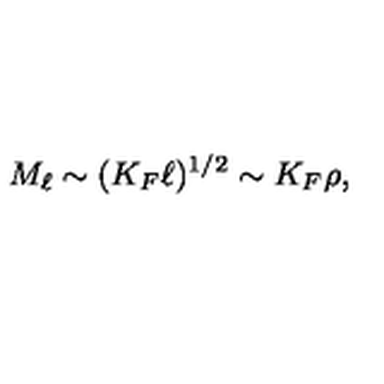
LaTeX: M _ { \ell } \sim ( K _ { F } \ell ) ^ { 1 / 2 } \sim K _ { F } \rho ,